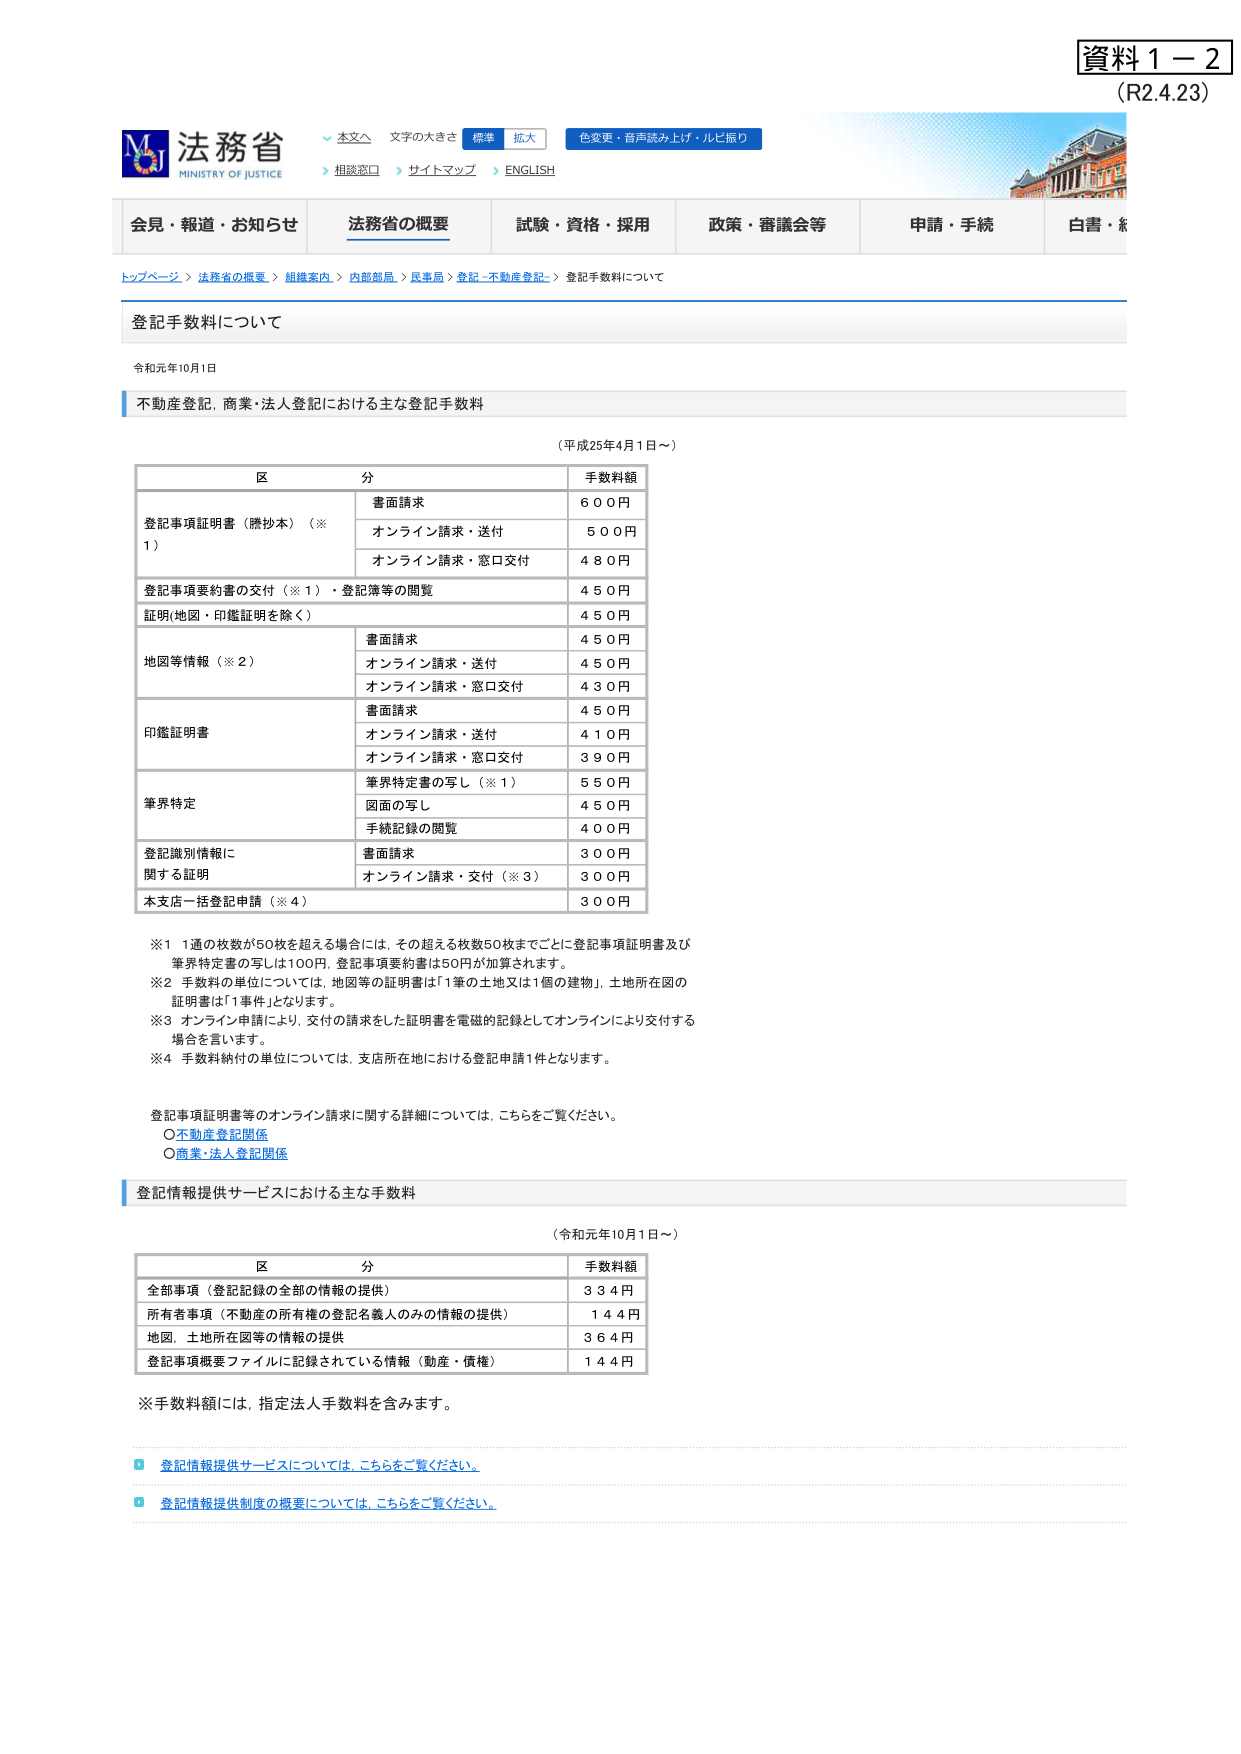
資料１－２
（R2.4.23）

法務省
MINISTRY OF JUSTICE
↓ 本文へ　文字の大きさ　標準　拡大　色変更・音声読み上げ・ルビ振り
＞ 相談窓口　＞ サイトマップ　＞ ENGLISH

会見・報道・お知らせ　法務省の概要　試験・資格・採用　政策・審議会等　申請・手続　白書・統計

トップページ ＞ 法務省の概要 ＞ 組織案内 ＞ 内部部局 ＞ 民事局 ＞ 登記・不動産登記 ＞ 登記手数料について

登記手数料について

令和元年10月1日

不動産登記、商業・法人登記における主な登記手数料
（平成25年4月1日～）

区 分